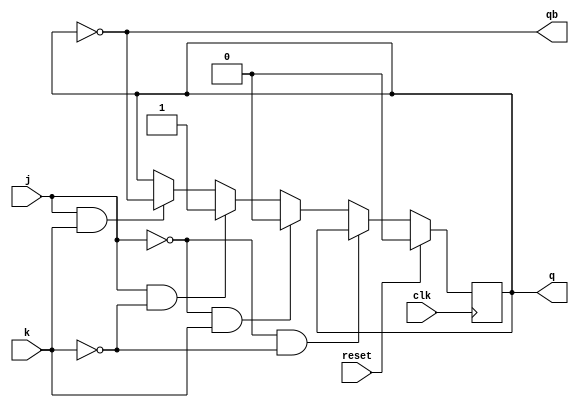
module jk_ff(j,k,clk,reset,q,qb);
input j,k,clk,reset;
output q,qb;
wire j,k,clk,reset,qb;
reg q;
always @(posedge clk)
begin
if(reset)
q<=1'b0;
else if (j==1'b0 && k==1'b0) q<=q;
else if (j==1'b0 && k==1'b1) q<=1'b0;
else if (j==1'b1 && k==1'b0) q<=1'b1;
else if (j==1'b1 && k==1'b1) q<=~q;
end
assign qb=~q;
endmodule